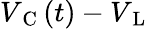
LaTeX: V_{\mathrm{~C~}}(t)-V_{\mathrm{~L~}}